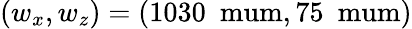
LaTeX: (w_{x},w_{z})=(1030~\mathrm{\ mum},75~\mathrm{\ mum})